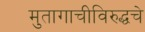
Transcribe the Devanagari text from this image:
मुतागाचीविरुद्धचे